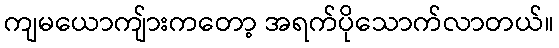
ကျမယောကျ်ားကတော့ အရက်ပိုသောက်လာတယ်။